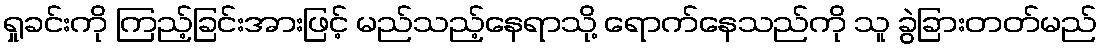
ရှုခင်းကို ကြည့်ခြင်းအားဖြင့် မည်သည့်နေရာသို့ ရောက်နေသည်ကို သူ ခွဲခြားတတ်မည်